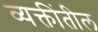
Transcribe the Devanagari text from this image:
व्यक्तींतील